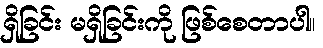
ရှိခြင်း မရှိခြင်းကို ဖြစ်စေတာပါ။